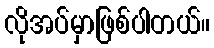
လိုအပ်မှာဖြစ်ပါတယ်။